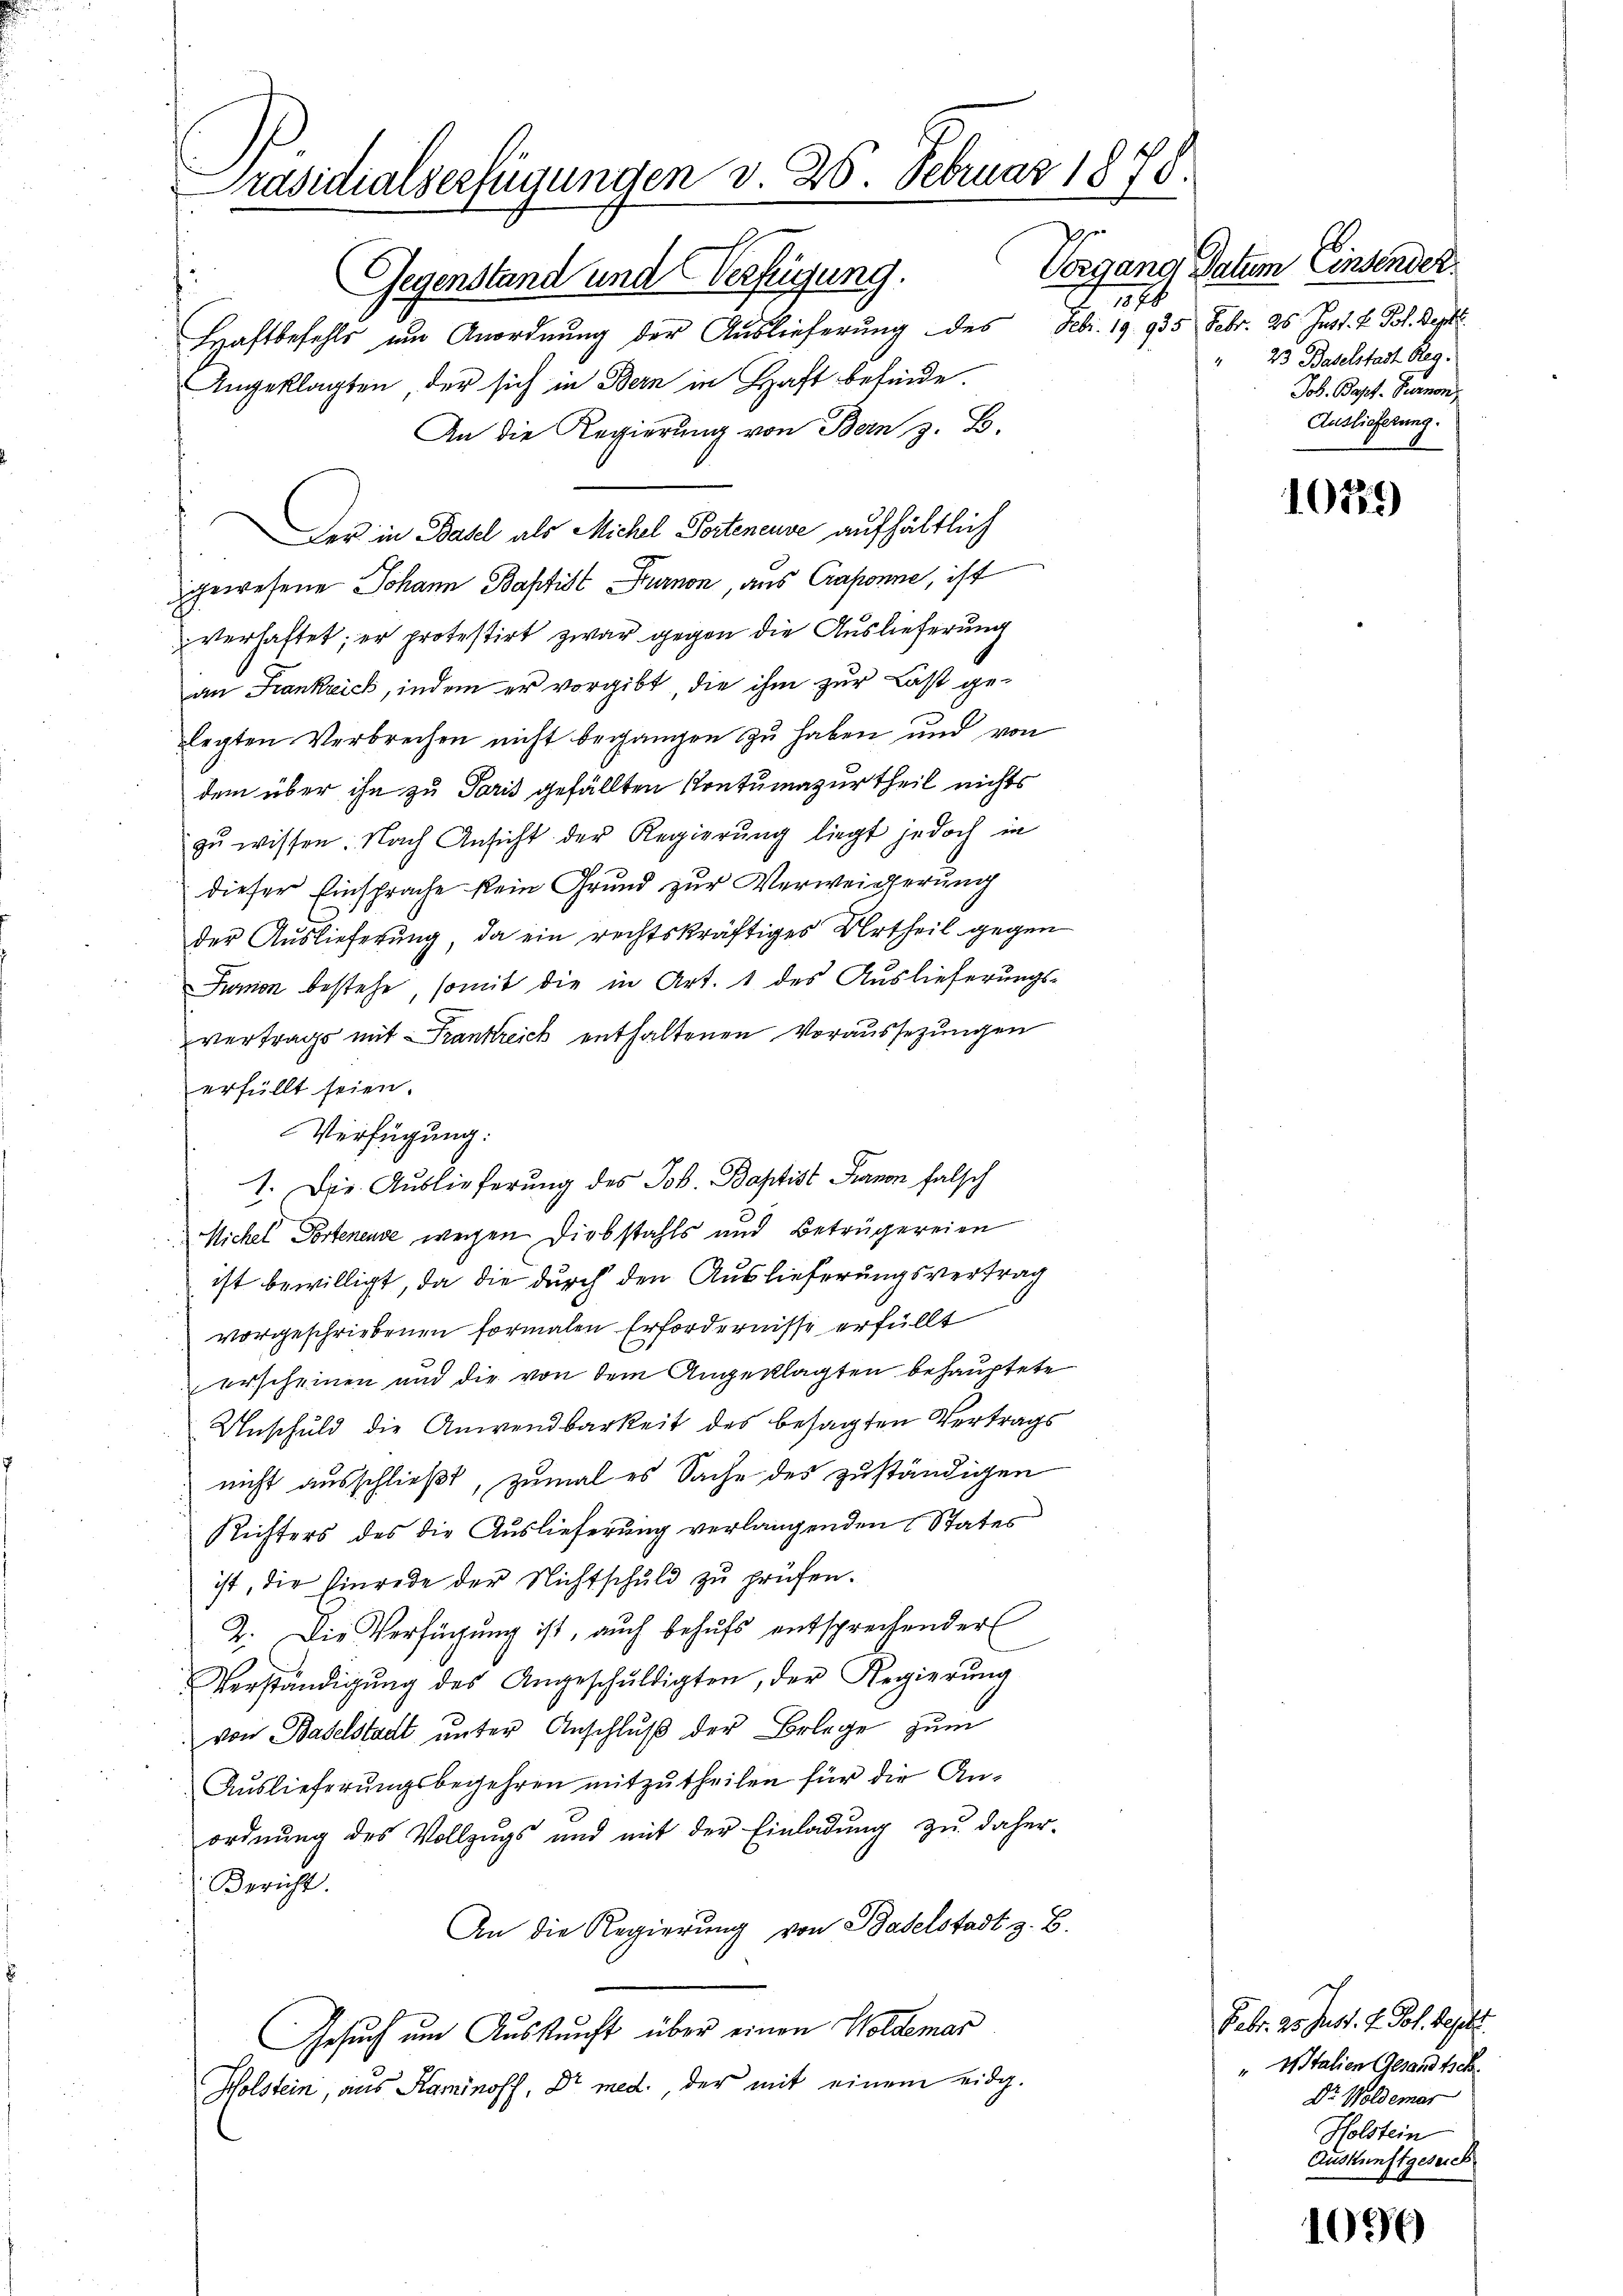
Präsidialserfügungen d. 26. Februar 1878.
1
Gegenstand und Verfügung.
146
Haftbefehls um Anordnung der Auslieferung des Febr. 19. 935 Febr. 25. Just. V. Pol. Sept.

Angeklagten, der sich in Bern in Haft befinde.
An die Regierung von Bern z. B.
Der in Basel als Michel Porteneuve aufhältlich
gewesene Johann Baptist Burnon, aus Caponne, ist
verhaftet; er protestirt zwar gegen die Auslieferung
an Frankreich, indem er vorgibt, die ihm zur Last gelegten Verbrechen nicht begangen zu haben und von
dem über ihn zu Paris gefällten Kontumazurtheil nichts
zŭ wissen. Nach Ansicht der Regierung liegt jedoch in
dieser Einsprache kein Grund zur Verweicherung
der Auslieferung, da ein rechtskräftiges Urtheil gegen
Junion bestehe, somit die in Art. 1 des Auslieferungs-
vertrags mit Frankreich enthaltenen Voraussezungen
erfüllt seien.
Verfügung:
1. Die Auslieferung des Job. Baptist Franon falsch
Michel Portenende wegen Diebstahls und Betrügereien
ist bewilligt, da die durch den Auslieferungsvertrag
vorgeschriebenen formalen Erfordernisse erfüllt
erscheinen und die von dem Angeklagten behauptete
Unschuld die Anwendbarkeit des besagten Vertrags
nicht ausschließt, zumal es Sache des zuständigen
Richters des die Auslieferung verlangenden States
ist, die Einrede der Nichtschuld zu prüfen.
2. Die Verfügung ist, auch behufs entsprechender
Verständigŭng des Angeschŭldigten, der Regierŭng
von Baselstadt unter Anschluß der Belege zum
Auslieferungsbegehren mitzutheilen für die An-
ordnung des Vollzugs und mit der Einladung zu daher
Bericht.
An die Regierung von Baselstadt z. B.
Gesuch um Auskunft über einen Woldemar
Holstein, aus Kaminoff, Dr. med., der mit einem eidg.

Vorgang Datum Einsender.
" 25 Baselstadt Reg.
Joh. Bapt. Baron,
Auslieferung.

10159)

Febr. g. Just. H. Joh. Sept.
" Italien Gesandtsch.
Dr. Woldemar
Holstein
Auskunftgeseich

1090